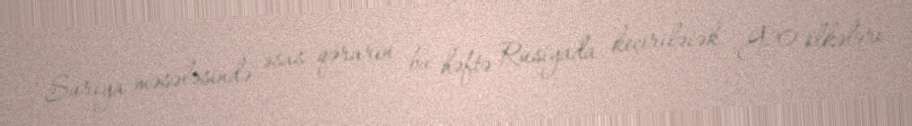
Suriya məsələsində əsas qərarın bu həftə Rusiyada keçiriləcək G20 ölkələri